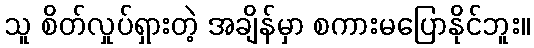
သူ စိတ်လှုပ်ရှားတဲ့ အချိန်မှာ စကားမပြောနိုင်ဘူး။